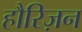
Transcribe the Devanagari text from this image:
हौरिज़न